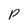
Character: p